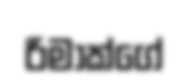
රිමාක්ගේ